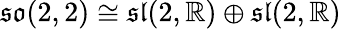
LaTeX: {\mathfrak{so}}(2,2)\cong{\mathfrak{sl}}(2,\mathbb{R})\oplus{\mathfrak{sl}}(2,\mathbb{R})